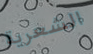
الشعرية